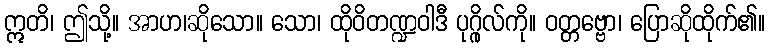
ဣတိ၊ ဤသို့။ အာဟ၊ဆိုသော။ သော၊ ထိုဝိတဏ္ဍဝါဒီ ပုဂ္ဂိုလ်ကို။ ဝတ္တဗ္ဗော၊ ပြောဆိုထိုက်၏။